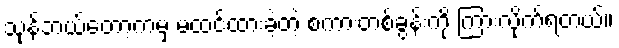
သုန်ဘယ်တော့ကမှ မထင်ထားခဲ့တဲ့ စကားတစ်ခွန်းကို ကြားလိုက်ရတယ်။